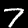
Label: 7